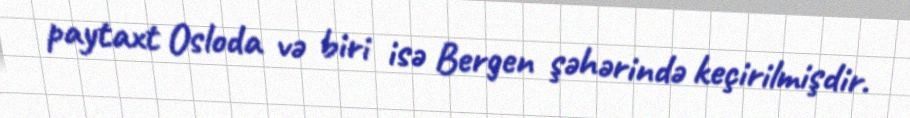
paytaxt Osloda və biri isə Bergen şəhərində keçirilmişdir.